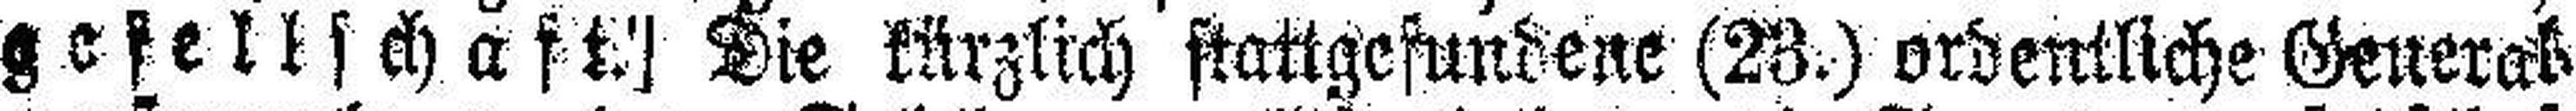
gefellschaft.] Die kürzlich stattgefundene (23.) ordentliche General